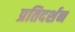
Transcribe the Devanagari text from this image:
प्रतिदर्शन